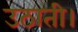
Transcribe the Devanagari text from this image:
उठाती।